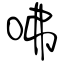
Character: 咈